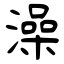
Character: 澡